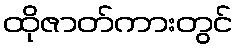
ထိုဇာတ်ကားတွင်